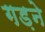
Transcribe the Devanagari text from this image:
गड़ने